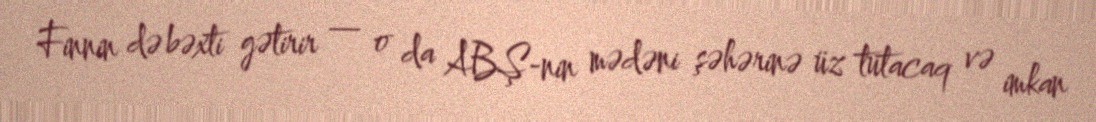
Finnin də bəxti gətirir — o da ABŞ-nin mədəni şəhərinə üz tutacaq və imkan